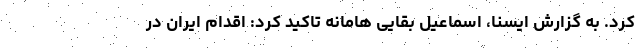
کرد. به گزارش ایسنا، اسماعیل بقایی هامانه تاکید کرد: اقدام ایران در